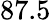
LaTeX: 87.5